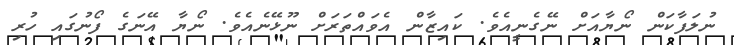
ނުލަފާކަން ނޯޔާއަށް ނޭގެނީއެވެ. ކައިޒާން އެވައްތަރަށް ނޫޅޭނެއެވެ. ނޯޔާ އޭނަގެ ފޯނުގައި ހުރި